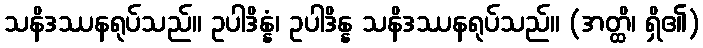
သနိဒဿနရုပ်သည်။ ဥပါဒိန္နံ၊ ဥပါဒိန္န သနိဒဿနရုပ်သည်။ (အတ္ထိ၊ ရှိ၏)